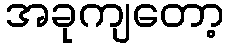
အခုကျတော့